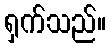
ရှက်သည်။